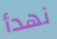
نهدأ